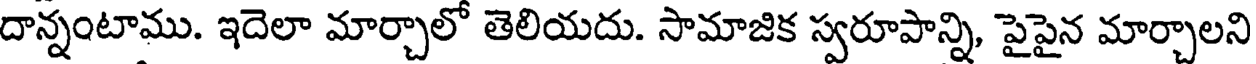
దాన్నంటాము. ఇదెలా మార్చాలో తెలియదు. సామాజిక స్వరూపాన్ని, పైపైన మార్చాలని